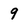
Character: 9